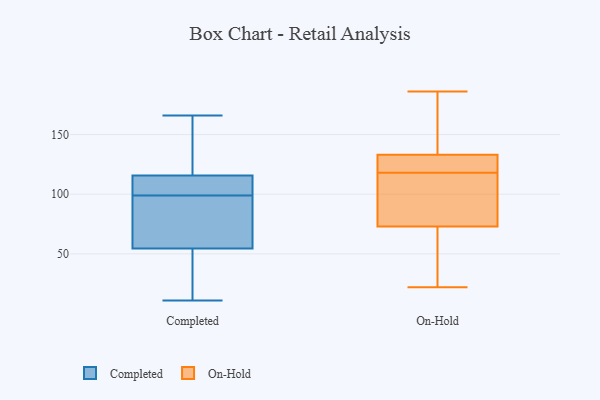
{"axis": {"x": "Net Income (USD K)", "y": "Value"}, "legend": ["Completed", "On-Hold"], "data": [{"x": "", "y": 63, "type": "Completed"}, {"x": "", "y": 129, "type": "Completed"}, {"x": "", "y": 100, "type": "Completed"}, {"x": "", "y": 166, "type": "Completed"}, {"x": "", "y": 115, "type": "Completed"}, {"x": "", "y": 27, "type": "Completed"}, {"x": "", "y": 62, "type": "Completed"}, {"x": "", "y": 99, "type": "Completed"}, {"x": "", "y": 98, "type": "Completed"}, {"x": "", "y": 11, "type": "Completed"}, {"x": "", "y": 118, "type": "Completed"}, {"x": "", "y": 115, "type": "Completed"}, {"x": "", "y": 32, "type": "Completed"}, {"x": "", "y": 128, "type": "On-Hold"}, {"x": "", "y": 78, "type": "On-Hold"}, {"x": "", "y": 133, "type": "On-Hold"}, {"x": "", "y": 108, "type": "On-Hold"}, {"x": "", "y": 37, "type": "On-Hold"}, {"x": "", "y": 125, "type": "On-Hold"}, {"x": "", "y": 136, "type": "On-Hold"}, {"x": "", "y": 22, "type": "On-Hold"}, {"x": "", "y": 186, "type": "On-Hold"}, {"x": "", "y": 73, "type": "On-Hold"}, {"x": "", "y": 120, "type": "On-Hold"}, {"x": "", "y": 173, "type": "On-Hold"}, {"x": "", "y": 116, "type": "On-Hold"}, {"x": "", "y": 36, "type": "On-Hold"}]}